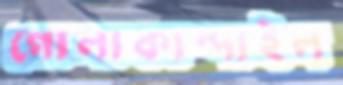
গোলাকান্দাইল